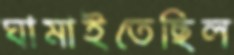
ঘামাইতেছিল